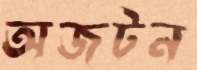
অজটন